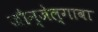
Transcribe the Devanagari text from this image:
जौन्जेल्गावा